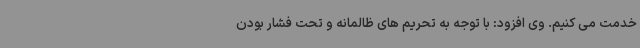
خدمت می کنیم. وی افزود: با توجه به تحریم های ظالمانه و تحت فشار بودن